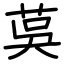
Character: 茣